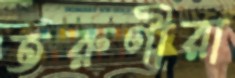
তরুণীরা